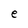
Character: e